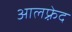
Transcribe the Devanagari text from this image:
आलफ़्रेद